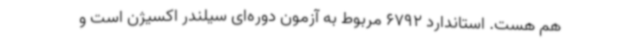
هم هست. استاندارد 6792 مربوط به آزمون دوره‌ای سیلندر اکسیژن است و